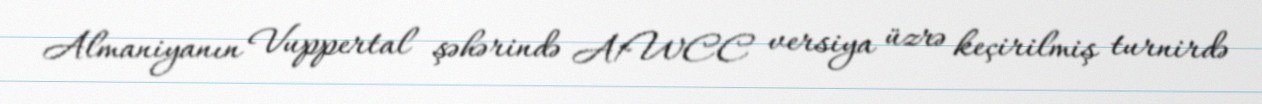
Almaniyanın Vuppertal şəhərində A1WCC versiya üzrə keçirilmiş turnirdə